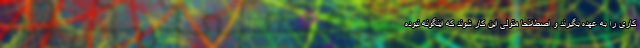
کاری را به عهده بگیرند و اصطلاحا متولی این کار شوند که اینگونه نبوده